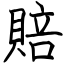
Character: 賠